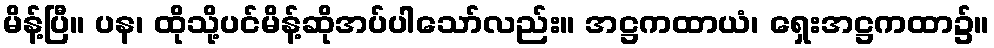
မိန့်ပြီ။ ပန၊ ထိုသို့ပင်မိန့်ဆိုအပ်ပါသော်လည်း။ အဋ္ဌကထာယံ၊ ရှေးအဋ္ဌကထာ၌။